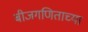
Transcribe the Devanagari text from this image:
बीजगणिताच्या